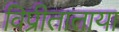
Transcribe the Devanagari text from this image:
विप्रीताताया